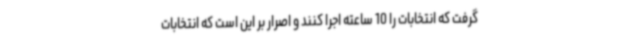
گرفت که انتخابات را 10 ساعته اجرا کنند و اصرار بر این است که انتخابات